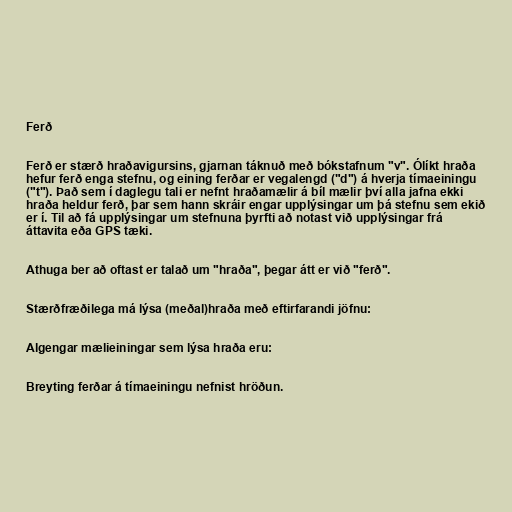
Ferð

Ferð er stærð hraðavigursins, gjarnan táknuð með bókstafnum "v". Ólíkt hraða
hefur ferð enga stefnu, og eining ferðar er vegalengd ("d") á hverja tímaeiningu
("t"). Það sem í daglegu tali er nefnt hraðamælir á bíl mælir því alla jafna ekki
hraða heldur ferð, þar sem hann skráir engar upplýsingar um þá stefnu sem ekið
er í. Til að fá upplýsingar um stefnuna þyrfti að notast við upplýsingar frá
áttavita eða GPS tæki.

Athuga ber að oftast er talað um "hraða", þegar átt er við "ferð".

Stærðfræðilega má lýsa (meðal)hraða með eftirfarandi jöfnu:

Algengar mælieiningar sem lýsa hraða eru:

Breyting ferðar á tímaeiningu nefnist hröðun.